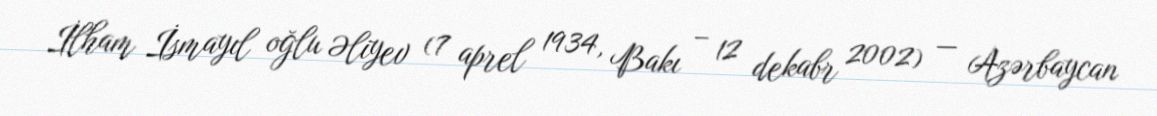
İlham İsmayıl oğlu Əliyev (7 aprel 1934, Bakı – 12 dekabr 2002) — Azərbaycan